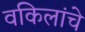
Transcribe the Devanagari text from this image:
वकिलांचे